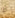
لا